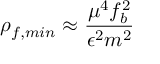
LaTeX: \rho _ { f , m i n } \approx { \frac { \mu ^ { 4 } f _ { b } ^ { 2 } } { \epsilon ^ { 2 } m ^ { 2 } } }